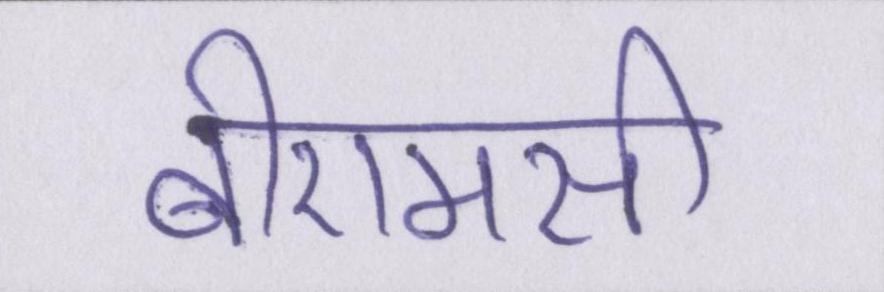
बीएमसी